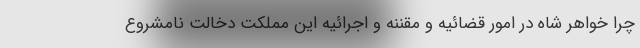
چرا خواهر شاه در امور قضائیه و مقننه و اجرائیه این مملکت دخالت نامشروع